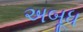
અબૂધ